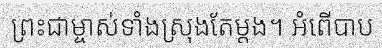
ព្រះជាម្ចាស់ទាំងស្រុងតែម្តង។ អំពើបាប